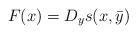
LaTeX: \begin{align*}F(x) = D_y s(x,\bar y)\end{align*}